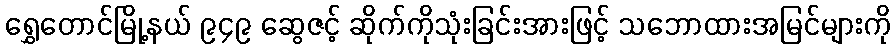
ရွှေတောင်မြို့နယ် ၉၄၉ ဆွေဇင့် ဆိုက်ကိုသုံးခြင်းအားဖြင့် သဘောထားအမြင်များကို